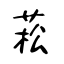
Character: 菘